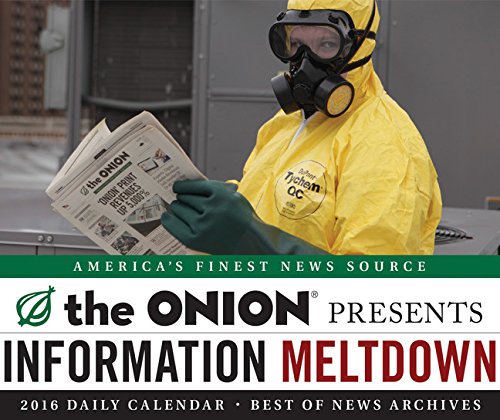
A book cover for The Onion 2016 Daily Calendar; The Onion; Calendars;